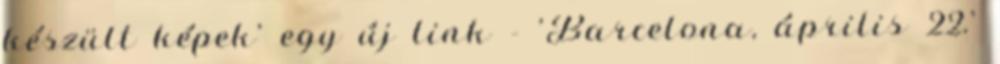
készült képek' egy új link - 'Barcelona, április 22.'